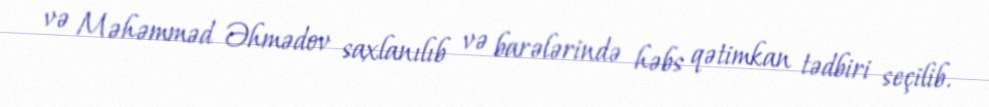
və Məhəmməd Əhmədov saxlanılıb və barələrində həbs qətimkan tədbiri seçilib.